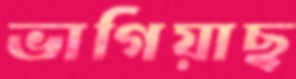
ভাগিয়াছ